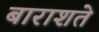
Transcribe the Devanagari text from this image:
बाराशते